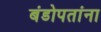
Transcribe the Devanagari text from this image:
बंडोपतांना